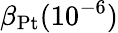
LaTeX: \beta_{\mathrm{Pt}}(10^{-6})